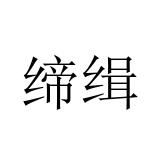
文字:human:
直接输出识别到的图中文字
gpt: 缔缉